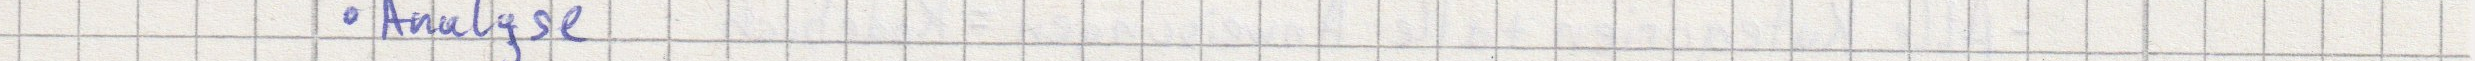
Analyse